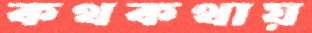
কথকথায়